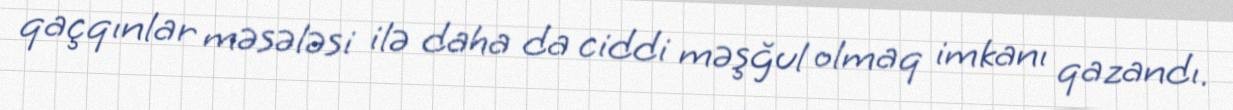
qaçqınlar məsələsi ilə daha da ciddi məşğul olmaq imkanı qazandı.